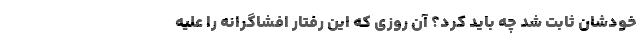
خودشان ثابت شد چه باید کرد؟ آن روزی که این رفتار افشاگرانه را علیه